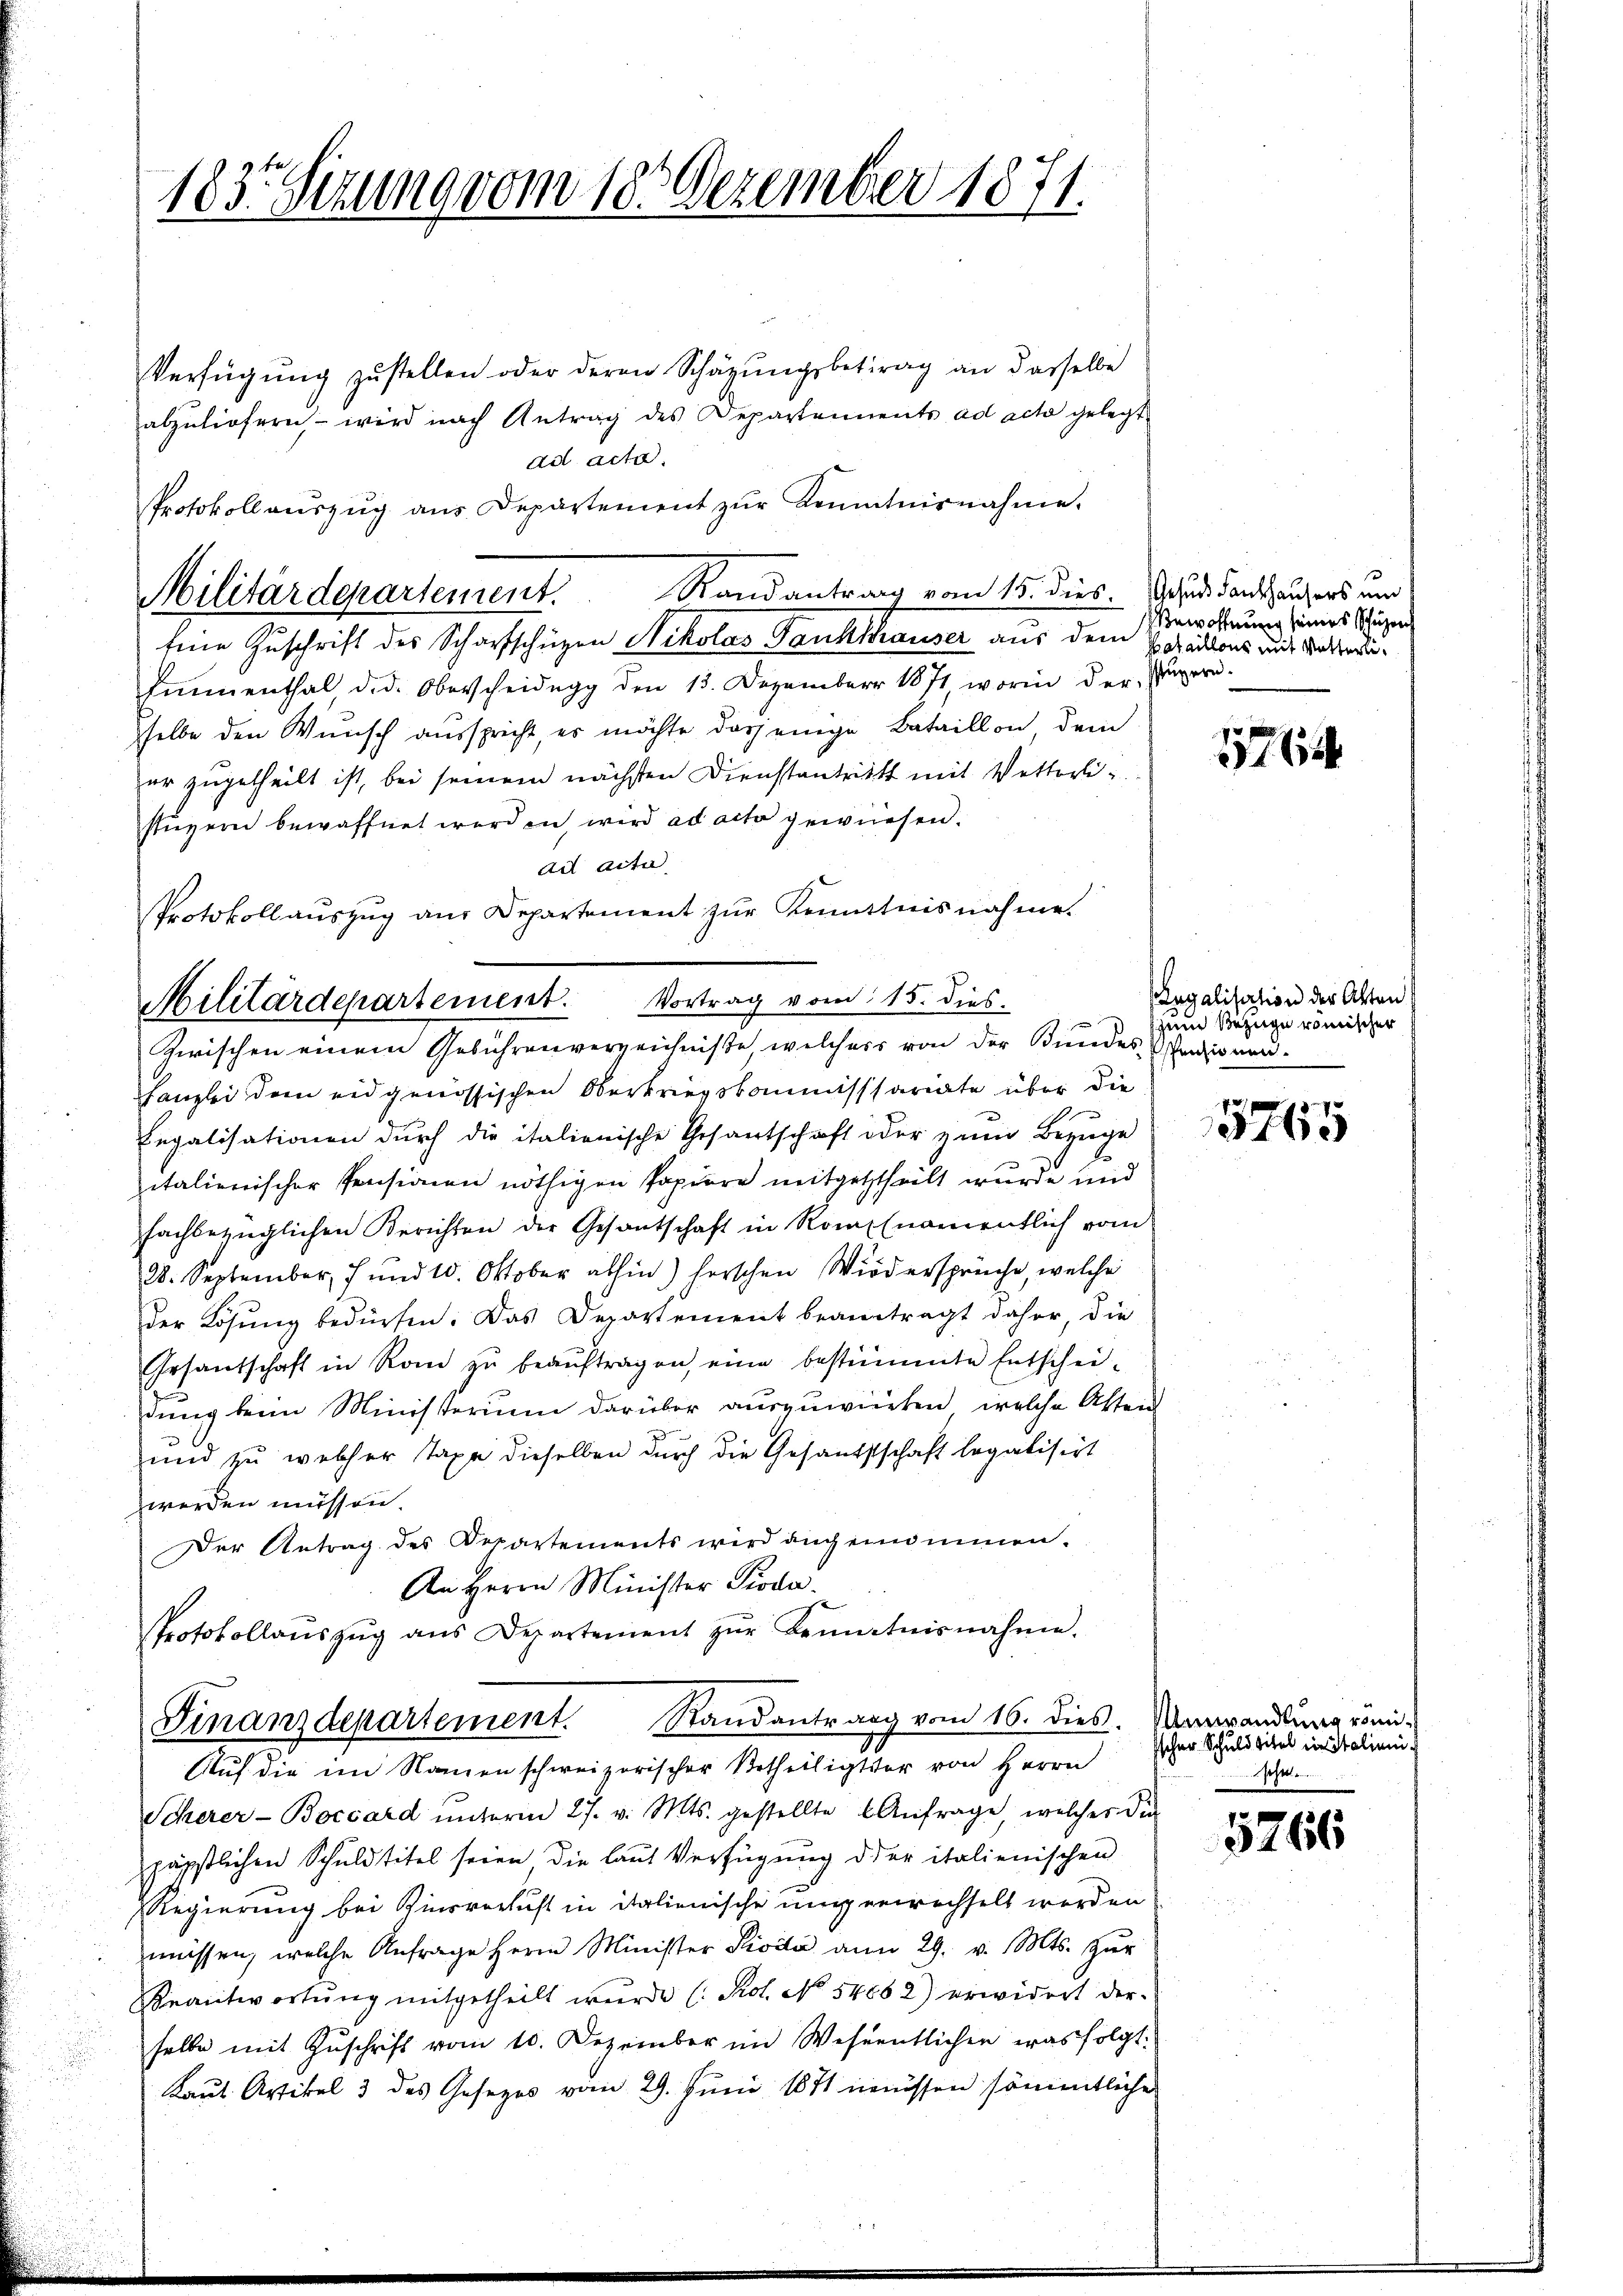
183. Sizung vom 18. Dezember 1871.

Verfügung zustellen oder deren Schazungsbetrag an dasselbe
abzuliefern - wird nach Antrag des Departennents ad acta gelegt
ad acta.
Protokoll aŭszŭg ans Departement zŭr Kenntnisnahme.
Militärdepartement. Randantrag vom 15. dies. Schad dankaufers mir
Eine Zuschrift des Scharfschüzen Nikolas Tanhthauser aus dem Ersations mit Vateri¬
Emmenthal d.d. Oberscheidŭng den 13. Dezember 1871, worin der Puperi-
sselbe den Wunsch ausspricht, es möchte dasjenige Bataillon, dem
er zugetheilt ist, bei seinem nächsten Dienstantritt mit Wetterlistüzern bewaffnet werden, wird ad acta gewiesen.
ad acta
Protokollauszug aus Departement zur Kenntnisnahme.
Zwischen einem Gebührenverzeichniße, welchess von der Bundes Menzionen¬
Lanzlei dem eidgenössischen Oberkriegskommissariate über die
Legalisationen durch die italienische Gesantschaft oder zum Bezuge
italienischer Pensionen nöthigen Papiere mitgetheilt wurde und
fachbezüglichen Berichten der Gesantschaft in Rom (namentlich vom
28. September, 7 und 10. Oktober abhin) herschen Widersprüche, welche
der Lösung bedürfen. Das Departement beantragt daher, die
Gesantschaft in Rom zŭ beaŭftragen, eine bestimmte Entschei-
dung beim Ministerium darüber auszuwirrten, welche Atten
und zu welcher Taxe dieselben durch die Gesandtschaft legalisirt
worden müssen.
Der Antrag des Departements wird auch ernommen.
An Herrn Minister Pioda.
Protokollaŭszŭg ans Departement zŭr Bematnisnahme.
Finanzdepartement. Randantrag vom 16. dies.
Auf die im Namen schweizerischer Urtheiligter von Herrn
Scherer-Boccard ŭnterm 27. v. Mts. gestellte Anfrage, welches die
päpstlichen Schuldtitel seien die laut Verfügung der italienischen
Regierung bei Zinsverlust in italienische unserwechselt werden
müssen, welche Anfrage Herrn Minister Pivita an 29. v. Mts. Zŭr
Beantwortŭng mitgetheilt wurde (Kot. No. 54882) erwidert der
selbe mit Zŭschrift vom 10. Dezember im Wesentlichen was folgt.
Laut Artikel 3 des Gesezes vom 29. Juni 1871 eienissen sämentliche

Militärdepartement. Vortrag vom 15. dies

Bewohnung seines Schüzen

1

7 x
16

Eugalisation der Akten
zum Bezuge römischer

15765

Umwandlung vomischer Schuldtitel in Stalien.
sehr

5766